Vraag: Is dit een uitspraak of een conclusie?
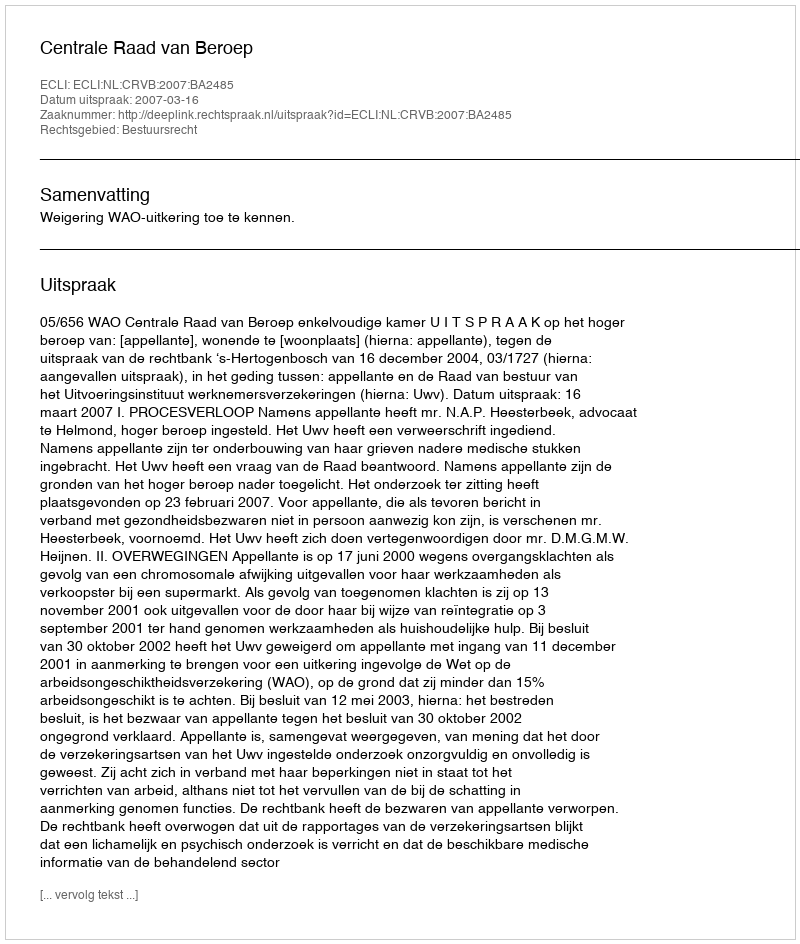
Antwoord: Uitspraak